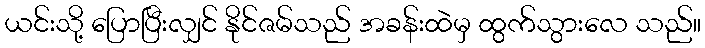
ယင်းသို့ ပြောပြီးလျှင် နိုင်ဇမ်သည် အခန်းထဲမှ ထွက်သွားလေ သည်။